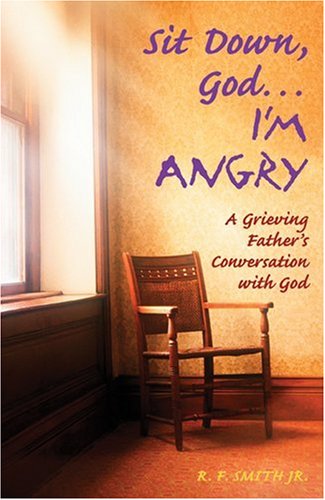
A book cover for Sit Down God... I'm Angry; R. F. Smith; Christian Books & Bibles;